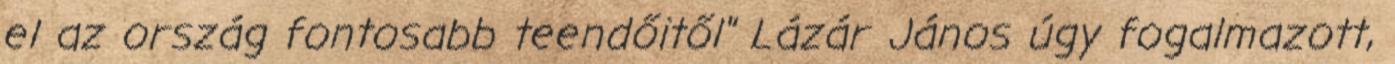
el az ország fontosabb teendőitől" Lázár János úgy fogalmazott,